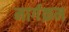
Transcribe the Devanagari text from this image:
मार्गक्रम